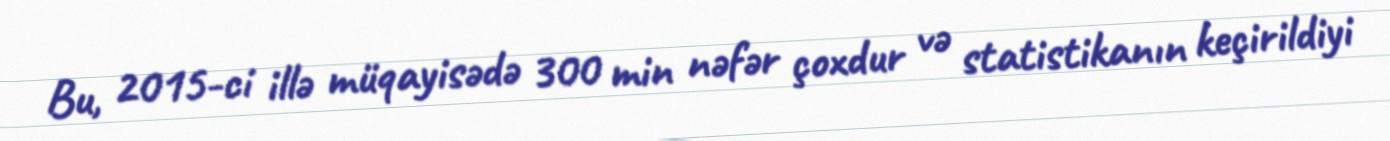
Bu, 2015-ci illə müqayisədə 300 min nəfər çoxdur və statistikanın keçirildiyi